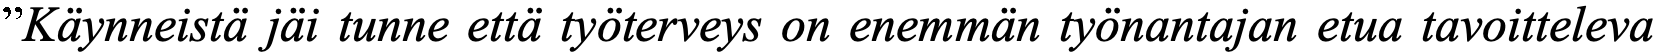
”Käynneistä jäi tunne että työterveys on enemmän työnantajan etua tavoitteleva